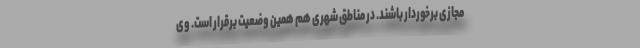
مجازی برخوردار باشند. در مناطق شهری هم همین وضعیت برقرار است. وی